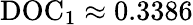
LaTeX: \mathrm{DOC}_{1}\approx 0.3386